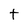
Character: t